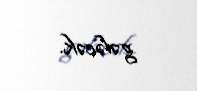
gələcək.